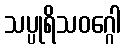
သပ္ပုရိသဝဂ္ဂေါ